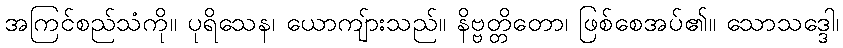
အကြင်စည်သံကို။ ပုရိသေန၊ ယောကျ်ားသည်။ နိဗ္ဗတ္တိတော၊ ဖြစ်စေအပ်၏။ သောသဒ္ဒေါ၊